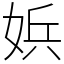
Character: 娦